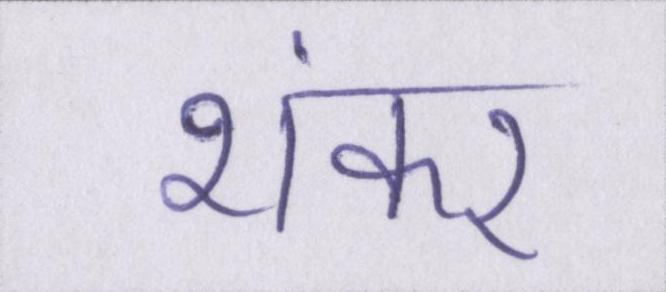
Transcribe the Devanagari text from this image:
शंकर